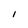
Character: 1